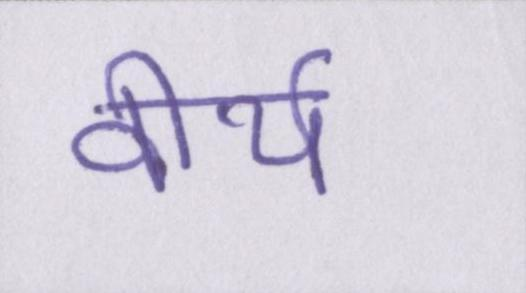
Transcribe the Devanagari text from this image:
वीर्य